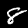
Digit: 8